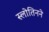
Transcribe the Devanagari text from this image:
स्लोतिनने